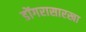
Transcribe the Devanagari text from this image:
डोंगरासारखा